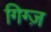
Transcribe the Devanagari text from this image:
गिग्ज़